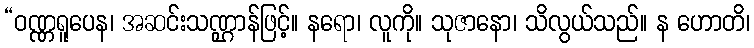
“ဝဏ္ဏရူပေန၊ အဆင်းသဏ္ဌာန်ဖြင့်။ နရော၊ လူကို။ သုဇာနော၊ သိလွယ်သည်။ န ဟောတိ၊